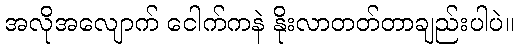
အလိုအလျောက် ငေါက်ကနဲ နိုးလာတတ်တာချည်းပါပဲ။